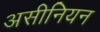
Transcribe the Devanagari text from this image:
असीनियन